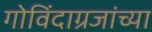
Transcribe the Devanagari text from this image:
गोविंदाग्रजांच्या